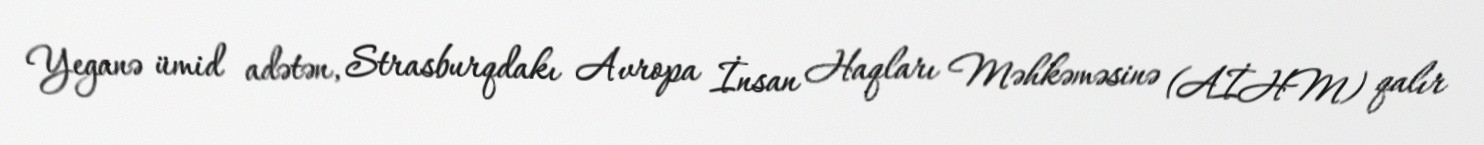
Yeganə ümid adətən, Strasburqdakı Avropa İnsan Haqları Məhkəməsinə (AİHM) qalır